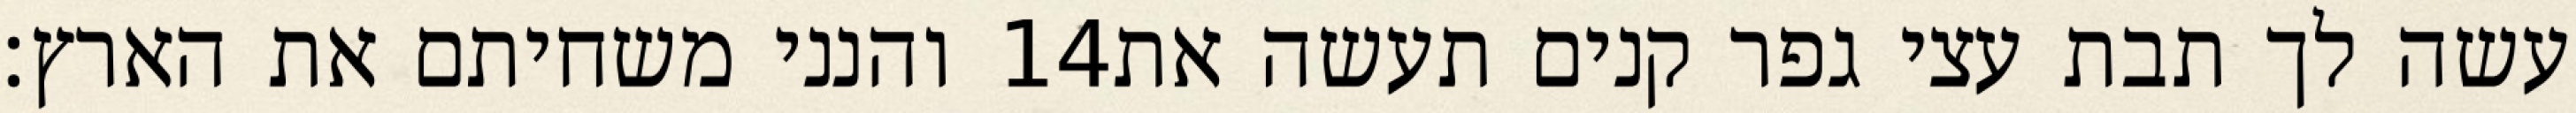
והנני משחיתם את הארץ׃ ‎14‏ עשה לך תבת עצי גפר קנים תעשה את